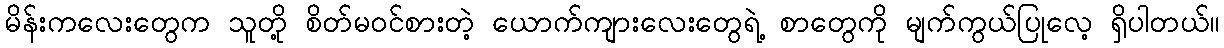
မိန်းကလေးတွေက သူတို့ စိတ်မဝင်စားတဲ့ ယောက်ကျားလေးတွေရဲ့ စာတွေကို မျက်ကွယ်ပြုလေ့ ရှိပါတယ်။